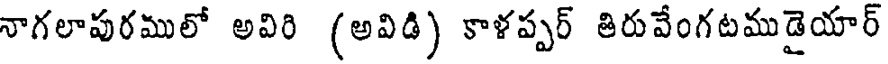
నాగలాపురములో అవిరి (అవిడి) కాళప్పర్ తిరువేంగటముడైయార్